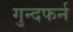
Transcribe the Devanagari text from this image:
गुन्दफर्न